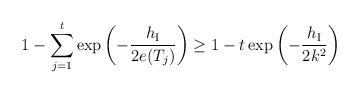
LaTeX: \begin{align*} 1-\sum_{j=1}^{t}\exp\left(-\frac{h_{\rm I}}{2e(T_j)}\right) \geq 1-t\exp\left(-\frac{h_{\rm I}}{2k^2}\right)\end{align*}